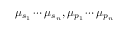
\mu _ { s _ { 1 } } \cdots \mu _ { s _ { n } } , \mu _ { p _ { 1 } } \cdots \mu _ { p _ { n } }